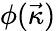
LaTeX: \phi(\vec{\kappa})